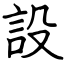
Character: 設